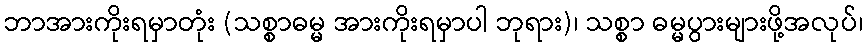
ဘာအားကိုးရမှာတုံး (သစ္စာဓမ္မ အားကိုးရမှာပါ ဘုရား)၊ သစ္စာ ဓမ္မပွားများဖို့အလုပ်၊